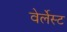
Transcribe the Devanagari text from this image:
वेर्लेस्ट